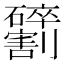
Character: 𫦢